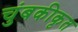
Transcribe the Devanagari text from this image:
चुंबकीकृत